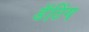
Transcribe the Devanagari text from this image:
डॅटिंग